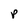
Character: P